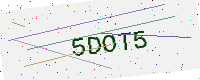
Text: 5DOT5